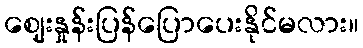
ဈေးနှုန်းပြန်ပြောပေးနိုင်မလား။